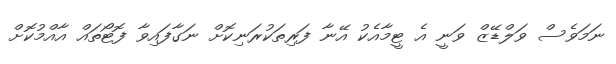
ނަމަވެސް ވަލްޑޭޒް ވަނީ އެ ޓީމާއެކު އޭނާ ފަރިތަކުރަނިކޮށް ނަގާފައިވާ ފޮޓޯތައް އާއްމުކޮށް